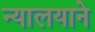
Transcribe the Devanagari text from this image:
न्यालयाने